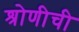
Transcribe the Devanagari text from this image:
श्रोणीची